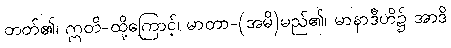
တတ်၏၊ ဣတိ-ထို့ကြောင့်၊ မာတာ-(အမိ)မည်၏၊ မာနာဒီဟိ၌ အာဒိ